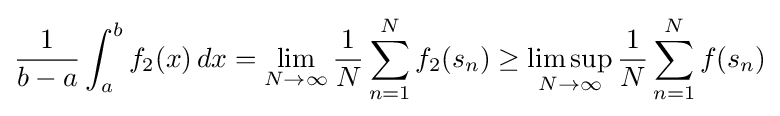
{\frac {1}{b-a}}\int _{a}^{b}f_{2}(x)\,dx=\lim _{N\to \infty }{\frac {1}{N}}\sum _{n=1}^{N}f_{2}(s_{n})\geq \limsup _{N\to \infty }{\frac {1}{N}}\sum _{n=1}^{N}f(s_{n})